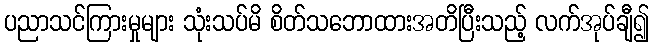
ပညာသင်ကြားမှုများ သုံးသပ်မိ စိတ်သဘောထားအတိပြီးသည့် လက်အုပ်ချီ၍